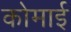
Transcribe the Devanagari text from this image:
कोमाई